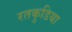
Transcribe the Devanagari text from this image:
रतकुडिया